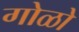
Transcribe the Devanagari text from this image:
गोळो